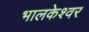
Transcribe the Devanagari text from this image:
भालकेश्वर